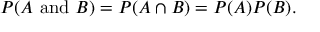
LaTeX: P ( A { \mathrm { ~ a n d ~ } } B ) = P ( A \cap B ) = P ( A ) P ( B ) .